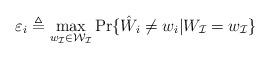
LaTeX: \begin{align*}\varepsilon_i \triangleq \max_{w_\mathcal{I}\in\mathcal{W}_\mathcal{I}}\Pr\{\hat W_i \ne w_i|W_\mathcal{I}=w_\mathcal{I}\}\end{align*}